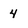
Character: 4